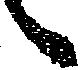
々